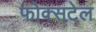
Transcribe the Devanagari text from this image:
फोक्सटेल